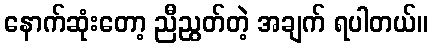
နောက်ဆုံးတော့ ညီညွတ်တဲ့ အချက် ရပါတယ်။